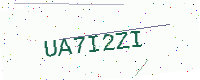
Text: UA7I2ZI